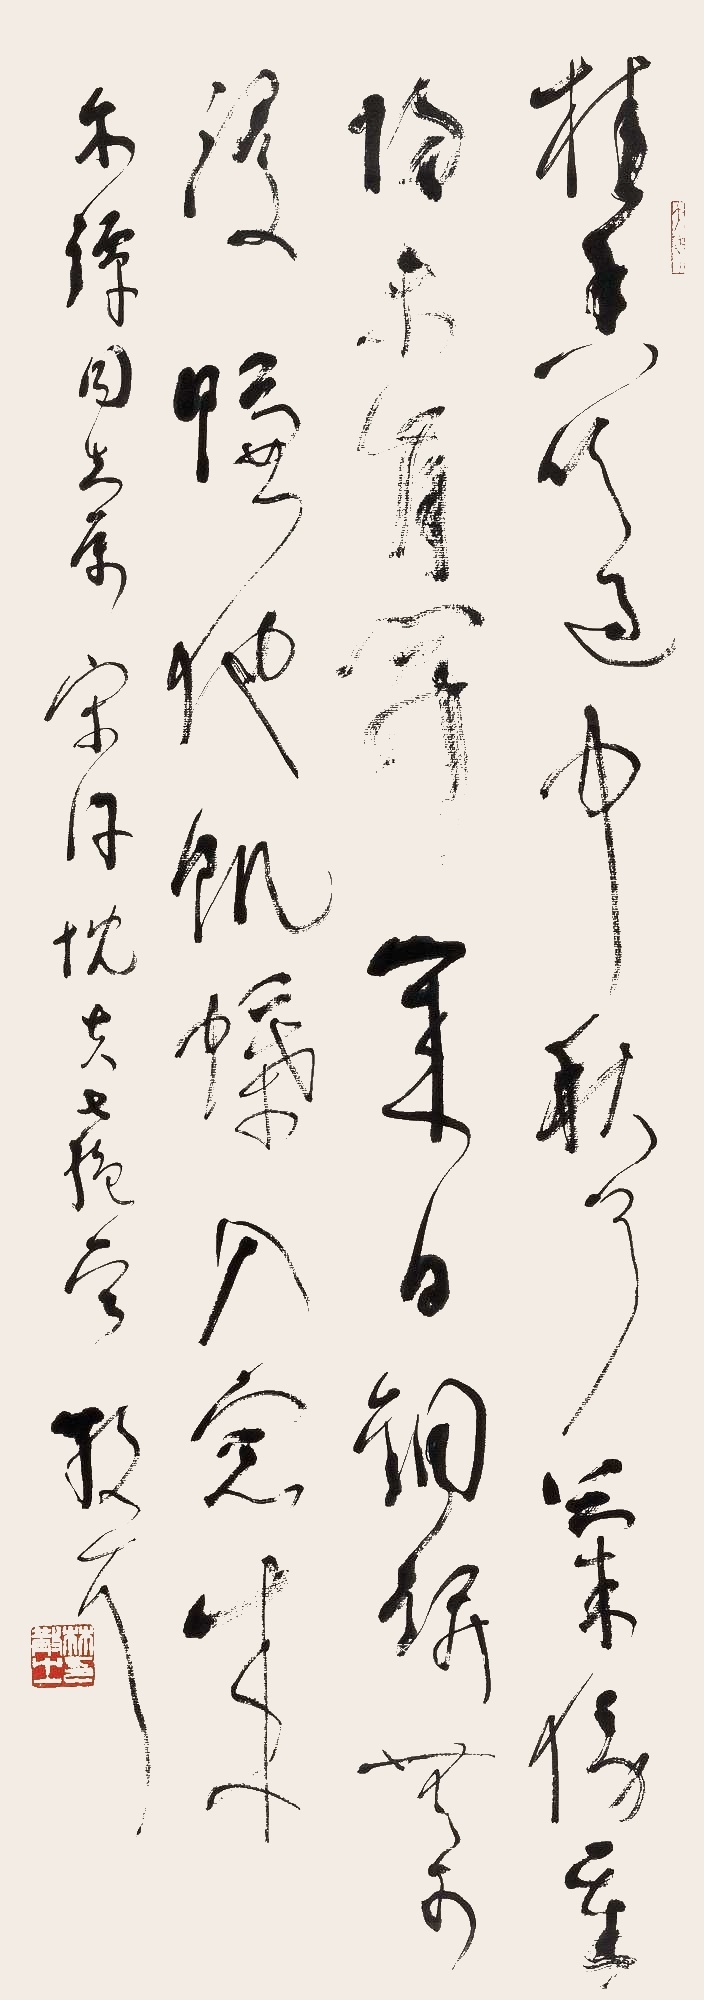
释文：桂香吹过中秋了，兰傍重阳未肯开。几日铜瓶无可浸，赚他饥蝶入窗来。尔镡同志属，宋许枕父七绝一首。散之。